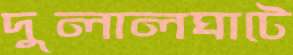
দুলালঘাটে